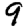
Digit: 9